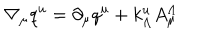
LaTeX: \nabla _ { \mu } q ^ { u } = \partial _ { \mu } q ^ { u } + k _ { \Lambda } ^ { u } A _ { \mu } ^ { \Lambda }